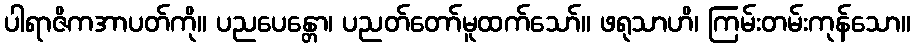
ပါရာဇိကအာပတ်ကို။ ပညပေန္တော၊ ပညတ်တော်မူထက်သော်။ ဖရုသာဟိ၊ ကြမ်းတမ်းကုန်သော။